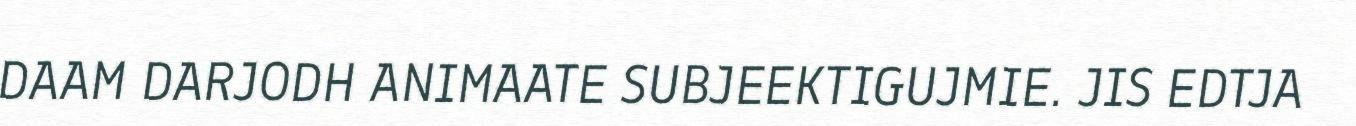
DAAM DARJODH ANIMAATE SUBJEEKTIGUJMIE. JIS EDTJA